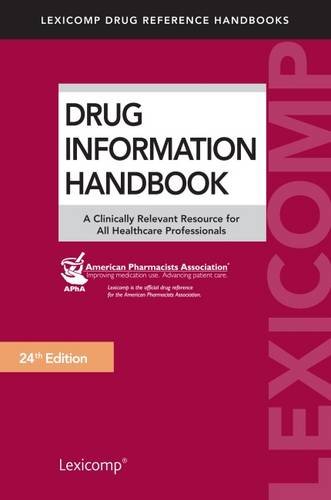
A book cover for Drug Information Handbook; Medical Books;